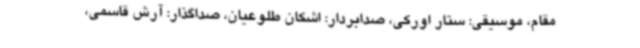
مقام، موسیقی: ستار اورکی، صدابردار: اشکان طلوعیان، صداگذار: آرش قاسمی،